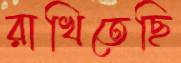
রাখিতেছি